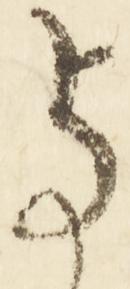
与